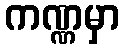
ကဏ္ဏမှာ